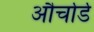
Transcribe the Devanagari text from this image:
और्चार्ड